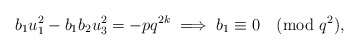
\begin{align*} b_{1}u_{1}^{2} - b_{1}b_{2}u_{3}^{2} = -pq^{2k} \implies b_{1} \equiv 0 \pmod {q^2},\end{align*}